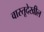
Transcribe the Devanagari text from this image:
वास्तूदेखील